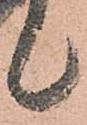
候